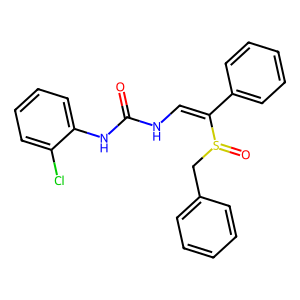
SMILES: O=C(NC=C(c1ccccc1)S(=O)Cc1ccccc1)Nc1ccccc1Cl
Inhibits HIV replication: Yes